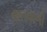
છતવાળો